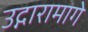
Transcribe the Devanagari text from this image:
उद्गारामागे